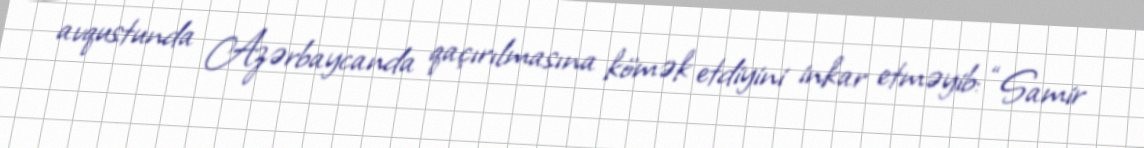
avqustunda Azərbaycanda qaçırılmasına kömək etdiyini inkar etməyib: “Samir